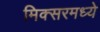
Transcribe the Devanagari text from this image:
मिक्‍सरमध्ये